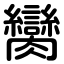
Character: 臠